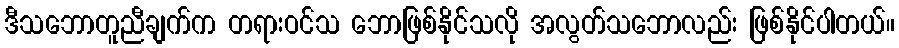
ဒီသဘောတူညီချက်က တရားဝင်သ ဘောဖြစ်နိုင်သလို အလွတ်သဘောလည်း ဖြစ်နိုင်ပါတယ်။